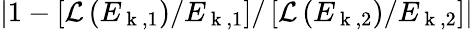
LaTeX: \lvert 1-\left[\mathcal{L}\left(E_{\mathrm{~k~},1}\right)/E_{\mathrm{~k~},1}\right]/\left[\mathcal{L}\left(E_{\mathrm{~k~},2}\right)/E_{\mathrm{~k~},2}\right]\rvert